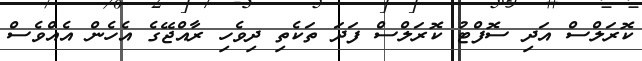
ކޮރަލްސް އަދި ސޮފްޓު ކޮރަލްސް ފަދަ ތަކެތި ދިވެހި ރާއްޖޭގެ އެހެން އެއްވެސް